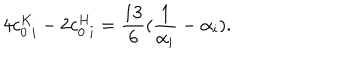
LaTeX: 4 c _ { 0 \ i } ^ { K } - 2 c _ { 0 \ i } ^ { H } = { \frac { 1 3 } { 6 } } ( { \frac { 1 } { \alpha _ { i } } } - \alpha _ { i } ) .